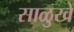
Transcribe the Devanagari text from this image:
साळुखे